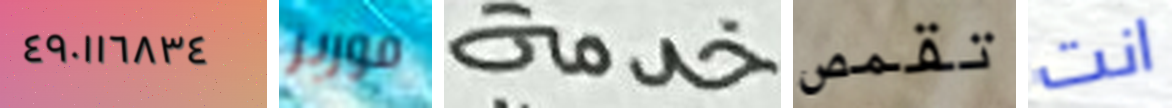
٤٩٠١١٦٨٣٤ فوربز خدمة تقمص انت